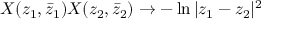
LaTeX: X ( z _ { 1 } , \bar { z } _ { 1 } ) X ( z _ { 2 } , \bar { z } _ { 2 } ) \rightarrow - \ln { | z _ { 1 } - z _ { 2 } | ^ { 2 } }